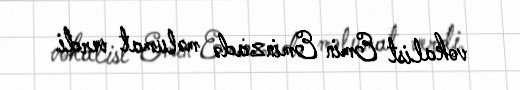
vokalist Emin Eminzadə məlumat verdi.